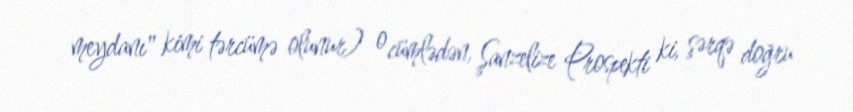
meydanı" kimi tərcümə olunur) o cümlədən, Şanzelize Prospekti ki, şərqə doğru